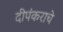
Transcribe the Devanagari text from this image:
दीपंकराचे